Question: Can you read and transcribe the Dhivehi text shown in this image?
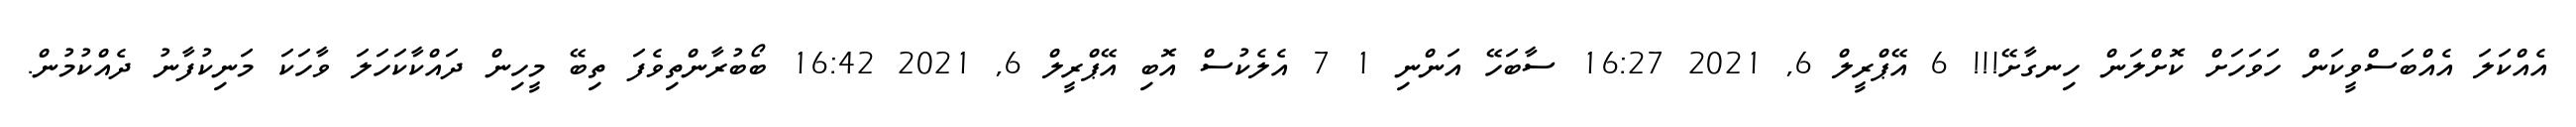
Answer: އެއްކަލަ އެއްބަސްވީކަން ހަވަހަށް ކޮށްލަން ހިނގާށޭ!!! 6 އޭޕްރީލް 6, 2021 16:27 ސާބަހޭ އަންނި 1 7 އެލެކުސް އޮބި އޭޕްރީލް 6, 2021 16:42 ބޯބުރާންތިވެފަ ތިބޭ މީހިން ދައްކާކަހަލަ ވާހަކަ މަނިކުފާނު ދެއްކުމުން.